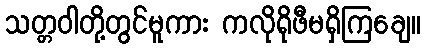
သတ္တဝါတို့တွင်မူကား ကလိုရိုဖီမရှိကြချေ။